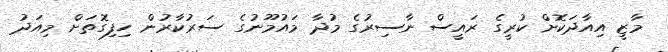
މާޒީ އިއާދަކޮށް ކުރީގެ ރައީސް ނާސިރުގެ މުދާ މައުމޫނުގެ ސަރުކާރުން ހިފިގޮތަށް މިއަދު